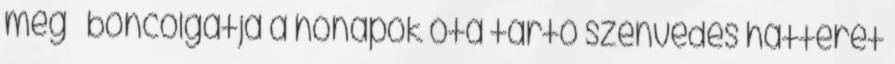
meg – boncolgatja a hónapok óta tartó szenvedés hátterét